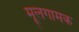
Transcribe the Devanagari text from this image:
मूलगामक